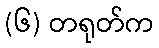
(၆) တရုတ်က